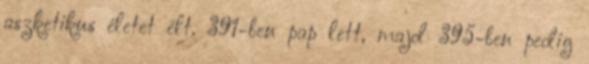
aszketikus életet élt. 391-ben pap lett, majd 395-ben pedig